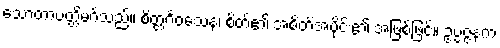
သောတာပတ္တိမဂ်သည်။ စိတ္တင်္ဂဝသေန၊ စိတ်၏ အစိတ်အပိုင်း၏ အဖြစ်ဖြင့်။ ဥပ္ပဇ္ဇနက